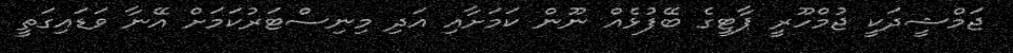
ޖަމްޝީދަކީ ޖުމްހޫރީ ޕާޓީގެ ބޭފުޅެއް ނޫން ކަމަށާއި އަދި މިނިސްޓަރުކަމަށް އޭނާ ވަޑައިގަތީ